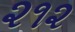
૨૧૨